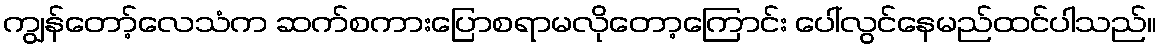
ကျွန်တော့်လေသံက ဆက်စကားပြောစရာမလိုတော့ကြောင်း ပေါ်လွင်နေမည်ထင်ပါသည်။